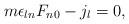
LaTeX: \begin{align*}m\epsilon_{ln}F_{n0} - j_l = 0,\end{align*}